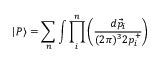
\vert P \rangle = \sum _ { n } \int \prod _ { i } ^ { n } \left( \frac { d \vec { p } _ { i } } { ( 2 \pi ) ^ { 3 } 2 p _ { i } ^ { + } } \right)